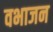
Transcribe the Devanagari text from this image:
वभाजन